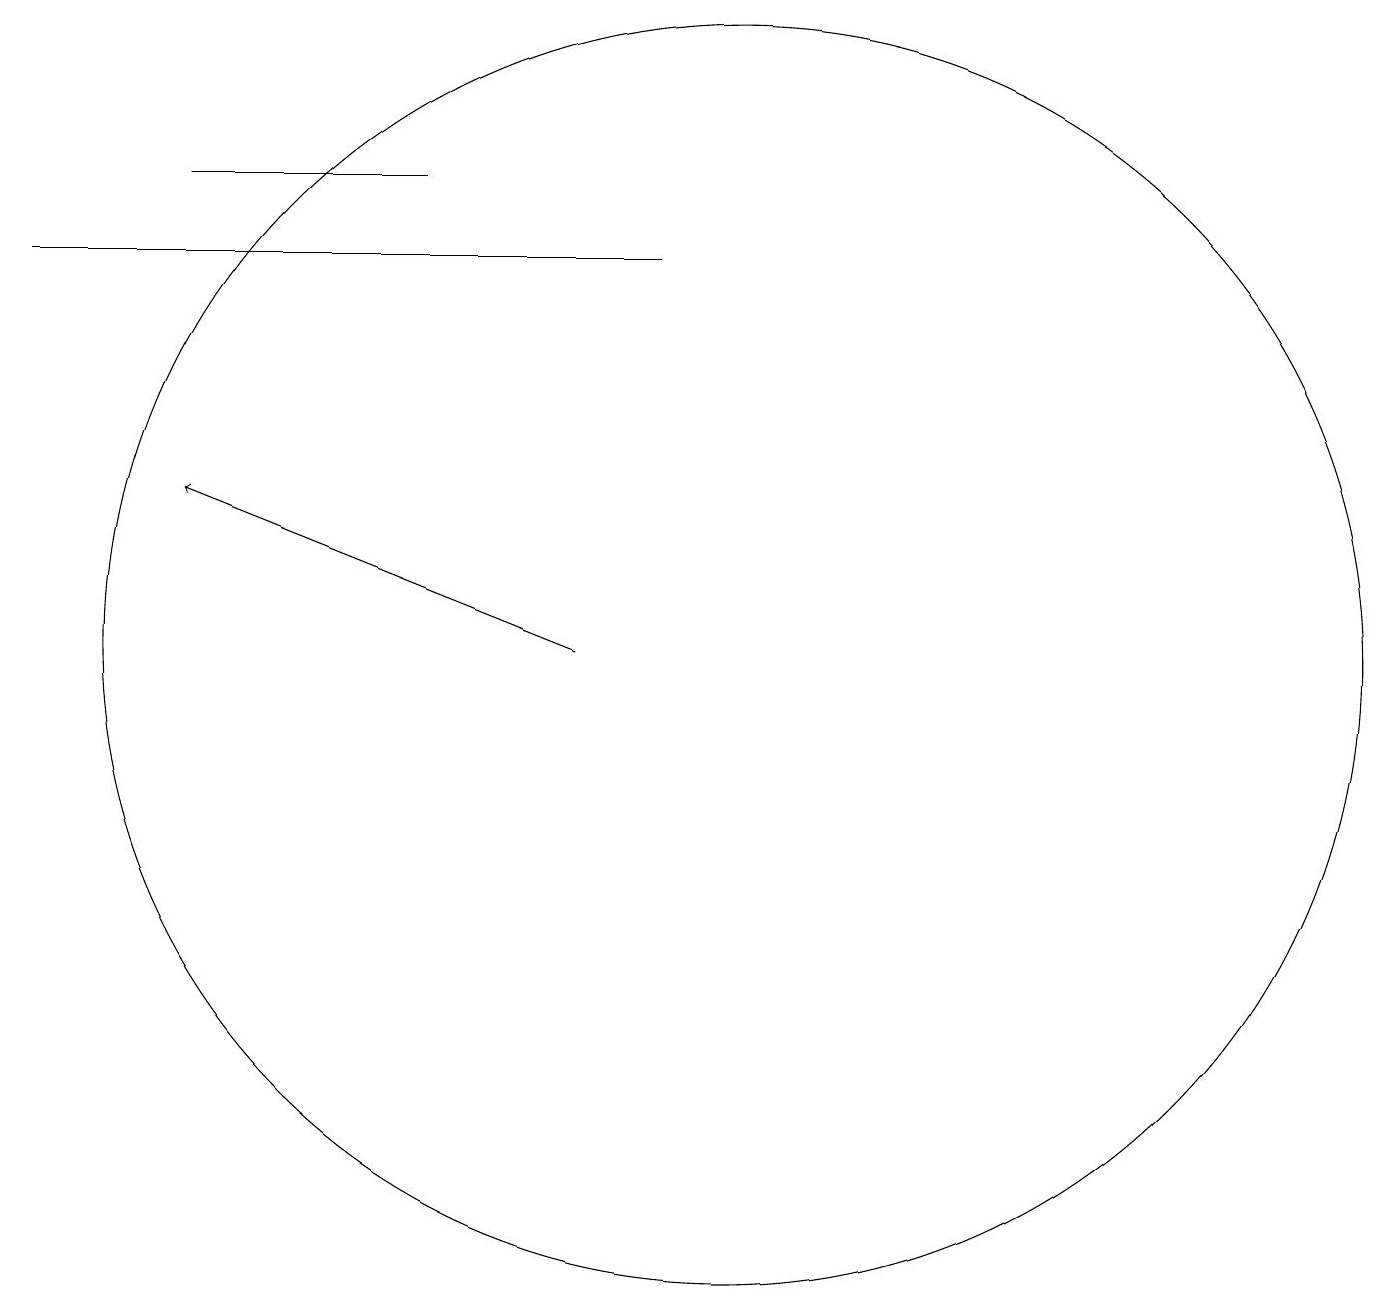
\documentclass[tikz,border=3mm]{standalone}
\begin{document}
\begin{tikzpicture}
\draw (3,16) rectangle (6,16);
\draw[->] (8,10) -- (3,12);
\draw (1,15) rectangle (9,15);
\draw (10,10) circle (8);
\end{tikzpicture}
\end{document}